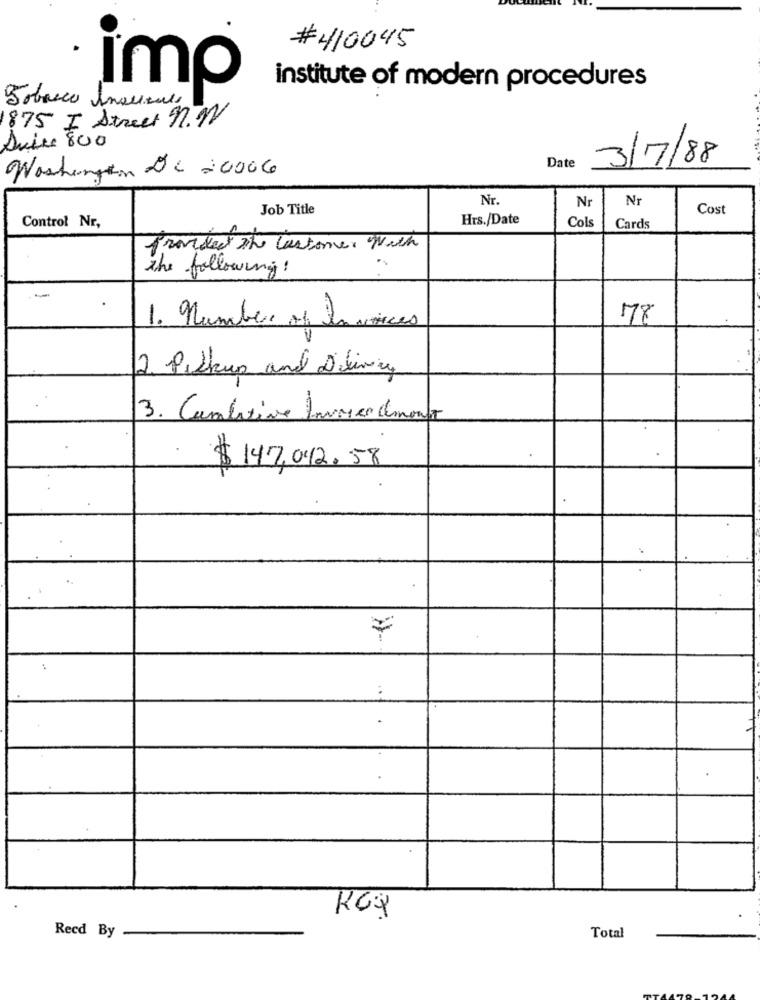
# 410045
imp
institute of modern procedures
Tobacco Inourals
1875 I Street 9.1
Suite 800
Washington Dc 20006
Date
3/7/88
Nr.
Nr
Job Title
Nr
Cost
Control Nr,
Hrs./Date
Col
Cards
fromdet the customer With
the following!
178
1. number of Invoices
2. Pickup and Delivery
3. Combine Invoice client
$ 147,042.58
Recd By
Total